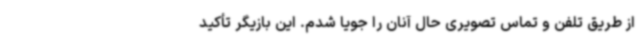
از طریق تلفن و تماس تصویری حال آنان را جویا شدم. این بازیگر تأکید